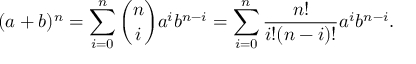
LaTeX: ( a + b ) ^ { n } = \sum _ { i = 0 } ^ { n } { \binom { n } { i } } a ^ { i } b ^ { n - i } = \sum _ { i = 0 } ^ { n } { \frac { n ! } { i ! ( n - i ) ! } } a ^ { i } b ^ { n - i } .